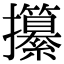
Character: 攥